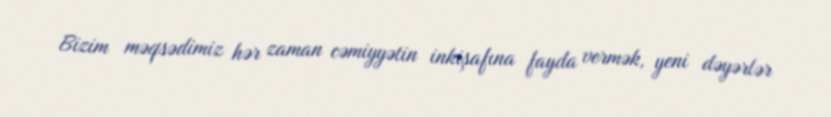
Bizim məqsədimiz hər zaman cəmiyyətin inkişafına fayda vermək, yeni dəyərlər